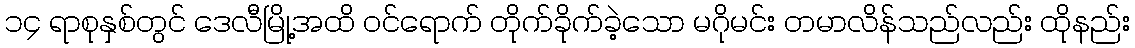
၁၄ ရာစုနှစ်တွင် ဒေလီမြို့အထိ ဝင်ရောက် တိုက်ခိုက်ခဲ့သော မဂိုမင်း တမာလိန်သည်လည်း ထိုနည်း